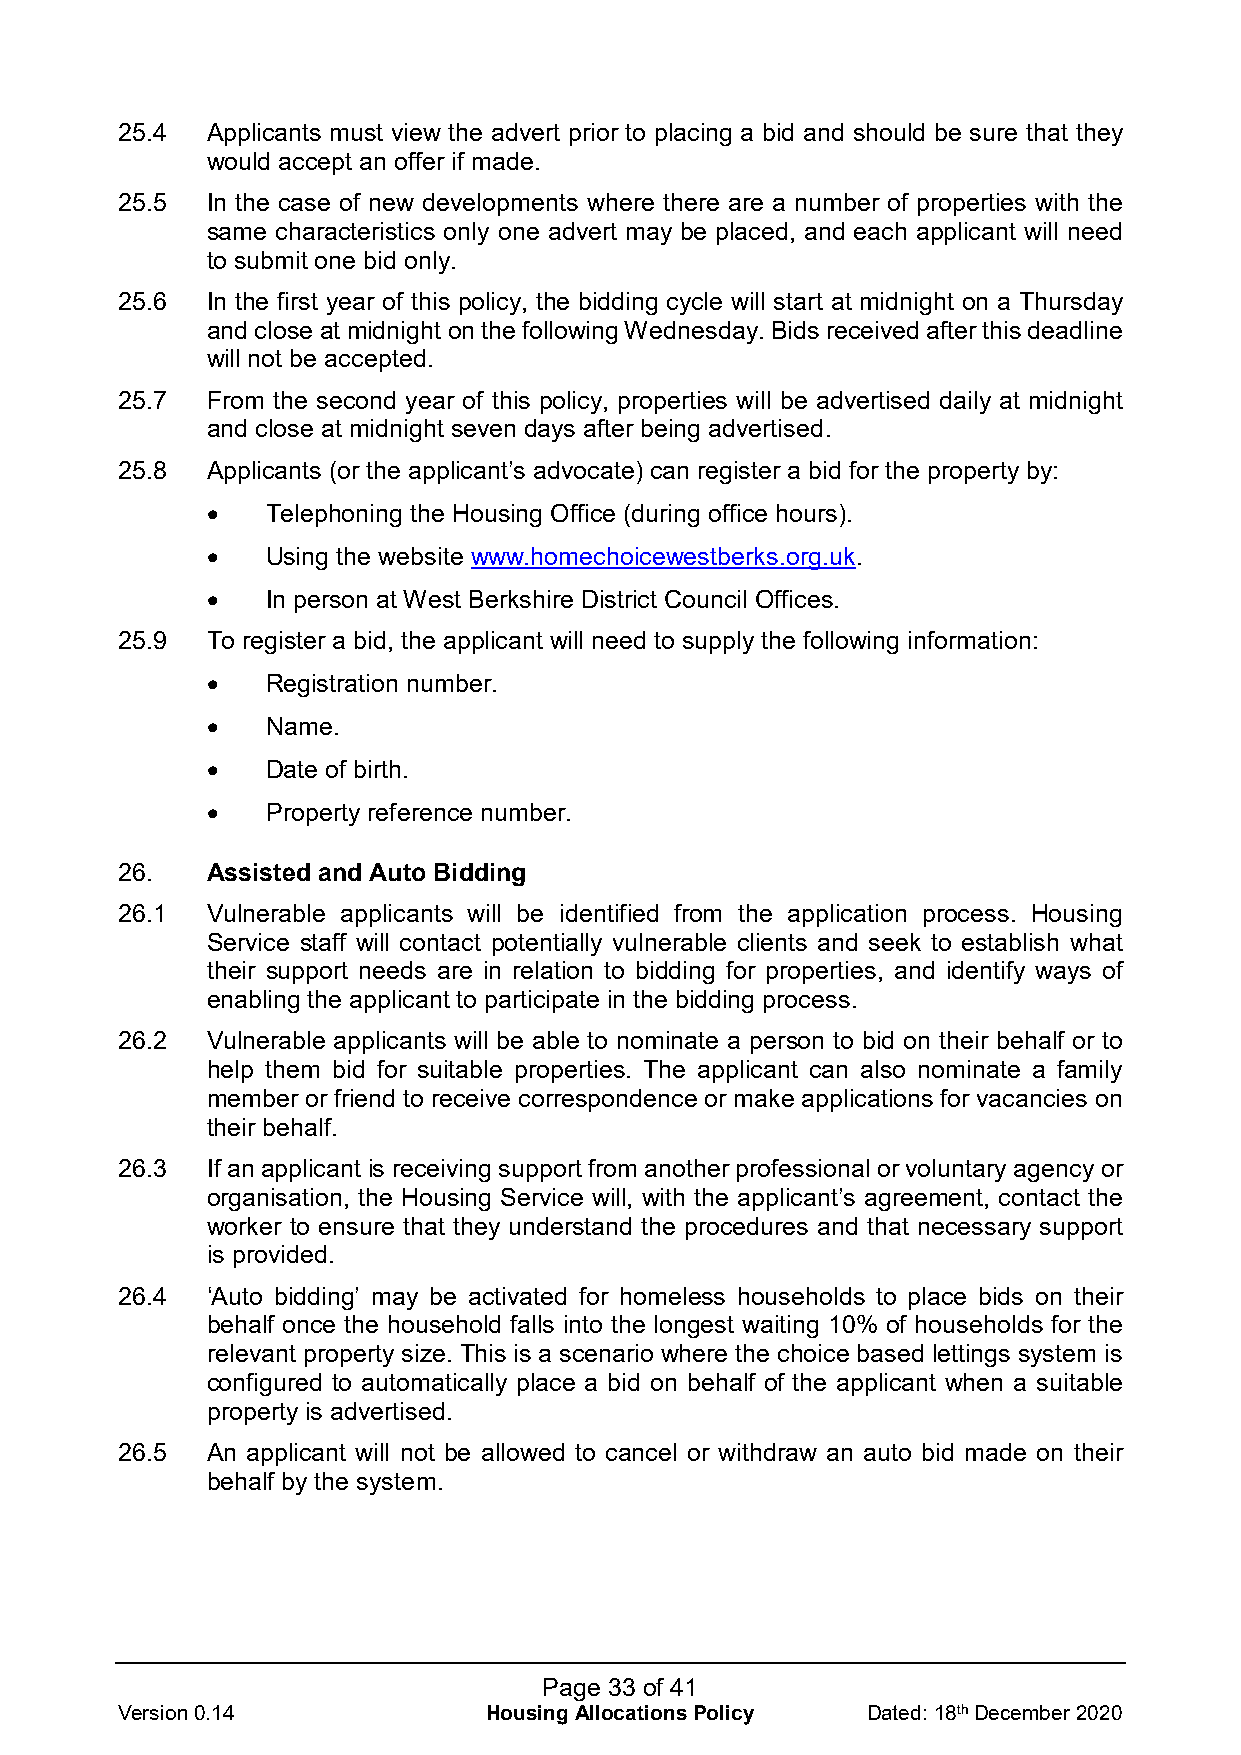
25.4  Applicants must view the advert prior to placing a bid and should be sure that they
 would accept an offer if made.
 25.5  In the case of new developments where there are a number of properties with the
 same characteristics only one advert may be placed, and each applicant will need
 to submit one bid only.
 25.6  In the first year of this policy, the bidding cycle will start at midnight on a Thursday
 and close at midnight on the following Wednesday. Bids received after this deadline
 will not be accepted.
 25.7  From the second year of this policy, properties will be advertised daily at midnight
 and close at midnight seven days after being advertised.
 25.8  Applicants (or the applicant’s advocate) can register a bid for the property by:
 •   Telephoning the Housing Office (during office hours).
 •   Using the website www.homechoicewestberks.org.uk.
 •   In person at West Berkshire District Council Offices.
 25.9  To register a bid, the applicant will need to supply the following information:
 •   Registration number.
 •   Name.
 •   Date of birth.
 •   Property reference number.
 26.   Assisted and Auto Bidding
 26.1  Vulnerable applicants will be identified from the application process. Housing
 Service staff will contact potentially vulnerable clients and seek to establish what
 their support needs are in relation to bidding for properties, and identify ways of
 enabling the applicant to participate in the bidding process.
 26.2  Vulnerable applicants will be able to nominate a person to bid on their behalf or to
 help them bid for suitable properties. The applicant can also nominate a family
 member or friend to receive correspondence or make applications for vacancies on
 their behalf.
 26.3  If an applicant is receiving support from another professional or voluntary agency or
 organisation, the Housing Service will, with the applicant’s agreement, contact the
 worker to ensure that they understand the procedures and that necessary support
 is provided.
 26.4  ‘Auto bidding’ may be activated for homeless households to place bids on their
 behalf once the household falls into the longest waiting 10% of households for the
 relevant property size. This is a scenario where the choice based lettings system is
 configured to automatically place a bid on behalf of the applicant when a suitable
 property is advertised.
 26.5  An applicant will not be allowed to cancel or withdraw an auto bid made on their
 behalf by the system.
 Page 33 of 41
 Version 0.14            Housing Allocations Policy Dated: 18th December 2020